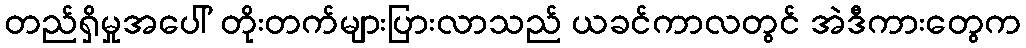
တည်ရှိမှုအပေါ် တိုးတက်များပြားလာသည် ယခင်ကာလတွင် အဲဒီကားတွေက